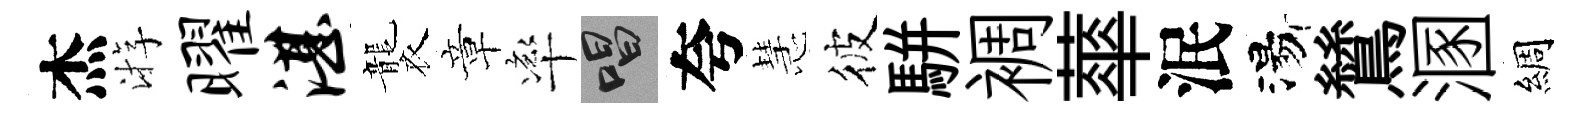
杰㳺曜湛襲章率唱夸慧彼駢裯蕐泯湯鷥溷綢